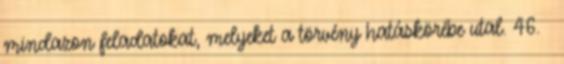
mindazon feladatokat, melyeket a törvény hatáskörébe utal. 46. §